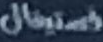
فستيفال